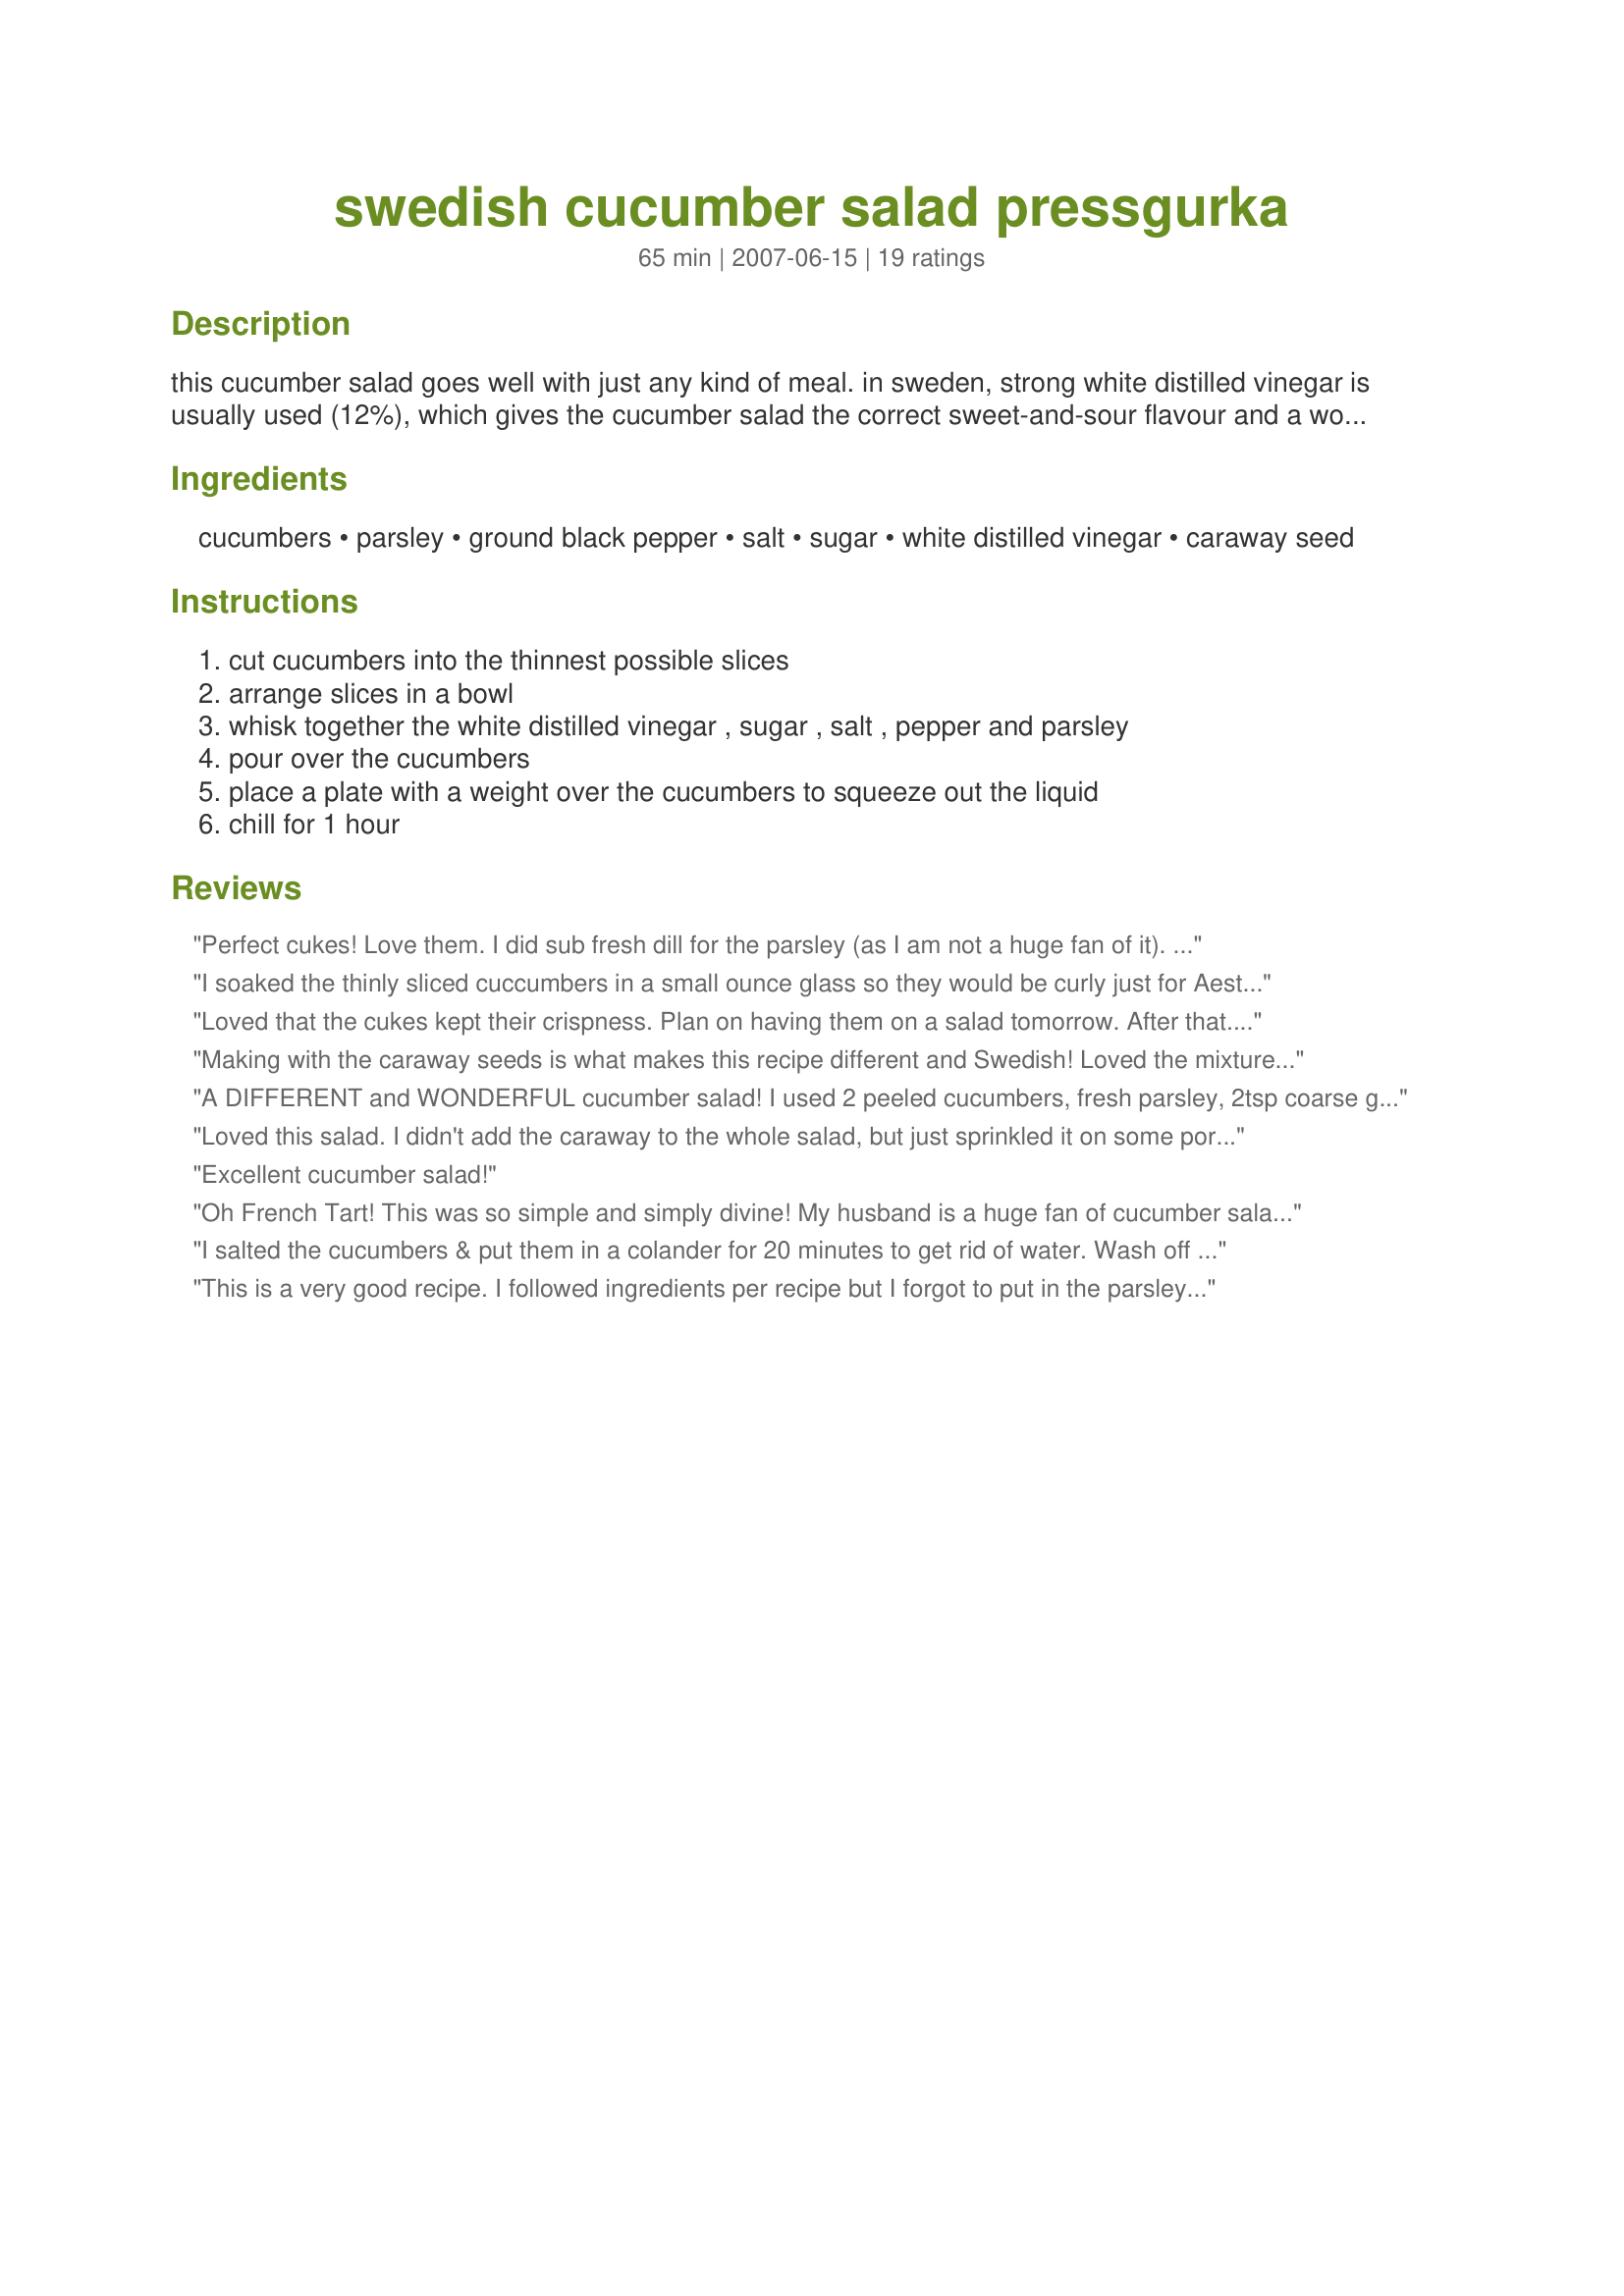
swedish cucumber salad pressgurka
Preparation time: 65 minutes

this cucumber salad goes well with just any kind of meal. in sweden, strong white distilled vinegar is usually used (12%), which gives the cucumber salad the correct sweet-and-sour flavour and a wonderful fresh and refreshing taste.

Ingredients:
cucumbers, parsley, ground black pepper, salt, sugar, white distilled vinegar, caraway seed

Steps:
cut cucumbers into the thinnest possible slices, arrange slices in a bowl, whisk together the white distilled vinegar , sugar , salt , pepper and parsley, pour over the cucumbers, place a plate with a weight over the cucumbers to squeeze out the liquid, chill for 1 hour

Reviews:
Perfect cukes! Love them. I did sub fresh dill for the parsley (as I am not a huge fan of it). I tried them after about an hour and they were well on their way. Serving later today at a 4th of July party! Thanks FT!!!!
I soaked the thinly sliced cuccumbers in a small ounce glass so they would be curly just for Aesthetic purposes. I scaled down the recipe to 2 servings and was very pleased with the results. Nice sweet and refreshing cuccumber salad.
Loved that the cukes kept their crispness. Plan on having them on a salad tomorrow. After that.....they'll probably be gone! And time to make another bunch! Thnx for posting, Tartie! Made for KcK's Forum Scandinavia Kitchen.
Making with the caraway seeds is what makes this recipe different and Swedish! Loved the mixture of ingredients and will make again. My DH loved this and requested it again soon! If he likes it, then it's a go! Thanks for this one FT!
A DIFFERENT and WONDERFUL cucumber salad! I used 2 peeled cucumbers, fresh parsley, 2tsp coarse ground black pepper, sea salt, Splenda Granular, white balsamic vinegar and the optional caraway seeds. I think the parsley and caraway are what make this salad special and it's a great breath freshener! Made for the Holiday Tag game. Thanks for inviting Freddy Cat by for a visit French Tart!
Loved this salad. I didn't add the caraway to the whole salad, but just sprinkled it on some portions. I liked it both ways. I've made similar salads, but this one was just a bit different and very enjoyable.
Excellent cucumber salad!
Oh French Tart! This was so simple and simply divine! My husband is a huge fan of cucumber salads and this was just the ticket. Thanks again.
I salted the cucumbers & put them in a colander for 20 minutes to get rid of water. Wash off well. I also used dill instead of parsley and added a bit of red onion instead of caraway seeds. Perfect for side dish.
This is a very good recipe. I followed ingredients per recipe but I forgot to put in the parsley.
I did not use caraway seeds.
This was surprisingly good. The kids didn't like the parsley, but my husband and I LOVED it! Great alternative to tossed salad with dinner, very refreshing. I have made this twice in two days and both batches were eaten immediately. Thank you!
I had a recipe for cucumber salad I'd used for years that I thought was pretty good. Until I tried this one. This is most definitely superior. I don't care for caraway seeds, so I left them out. The chopped parsley is a particularly inspired touch in this salad, it seems to enhance the cucumbers' flavor.
Very sweet, a little tang, thoroughly pleasant! I used one and half cucumbers from my garden (them suckers are HUGE) and left out the parsley because I didn't have any, but the rest was per the recipe. 5yo DD gobbled it down - she says she eat this lunch and dinner everyday.
An outstanding cucumber salad with a wonderful combination of sweet and sour. I used a seedless cucumber and sliced it paper thin using the food processor. The cucumbers were arranged in a bowl and after pouring the vinegar mixture over the cucumbers, I placed a smaller bowl filled with ice cubes on top. They were placed in the refrigerator and enjoyed after about 45 minutes. This will be a repeat recipe. Made and enjoyed for ZWTIII.
Cucumber salads have long been a summertime favorite and it seemed that I'd managed to try every lowfat variation there is; so it was fun coming across this one which is has a lovely twist with the addition of pepper and caraway. Admittedly, I was just a wee bit wary of the caraway as it is a spice that I enjoy in small amounts but often find stated amounts to be too much for my tastes. That was not the case here as it was just right and pleasantly balanced by the pepper and parsley. I did not press my cucumbers as suggested since they were travelling with me. Instead they mixed in the container with the dressing for three hours. Just before serving, I drained the bowl and lightly pressed on the cukes with a fork. Marvelous and definitely now featured in my sanck rotation. Thanks FT!
perfectly sweet and sour--my mom ADORED these
My Scandanavian family's eaten a simpler version of this for years, but I didn't know it was a Swedish recipe. Very light and delicious.
A nice refreshing salad that I enjoyed. I halved the recipe and used the caraway seeds. Thank you!
i have to say this was genuis! its so simple and yet its so good! there is a perfect combination of salty and sweet! I will never eat plain cucumbers again without thinking of how this tasted!
